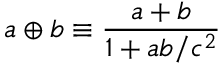
\displaystyle a \oplus b \equiv \frac { a + b } { 1 + a b / c ^ { 2 } }